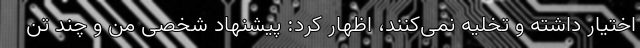
اختیار داشته و تخلیه نمی‌کنند، اظهار کرد: پیشنهاد شخصی من و چند تن